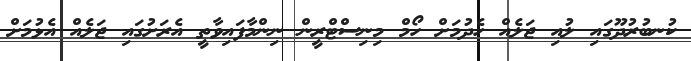
ކުނބުރުދޫގައި ލުއި ޖަލެއް ހެދުމަށް ހޯމް މިނިސްޓްރީން ނިންމާފައިވާތީ އެރަށުގައި ޖަލެއް އެޅުމަށް